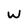
Character: W